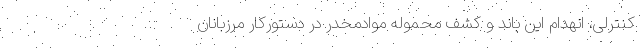
کنترلی، انهدام این باند و کشف محموله موادمخدر در دستورکار مرزبانان